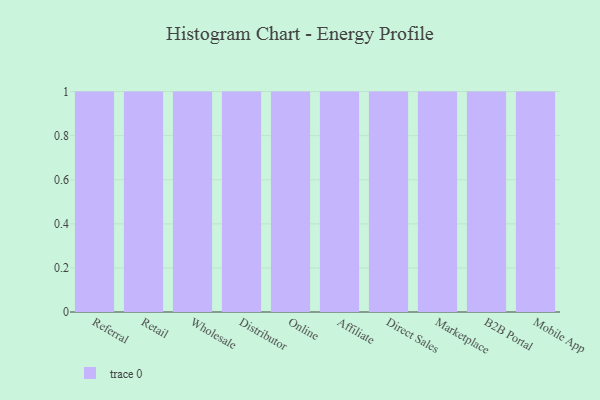
{"axis": {"x": "Channel", "y": "Humidity (%)"}, "legend": [""], "data": [{"x": "Referral", "y": 64, "type": ""}, {"x": "Retail", "y": 30, "type": ""}, {"x": "Wholesale", "y": 80, "type": ""}, {"x": "Distributor", "y": 71, "type": ""}, {"x": "Online", "y": 8, "type": ""}, {"x": "Affiliate", "y": 5, "type": ""}, {"x": "Direct Sales", "y": 23, "type": ""}, {"x": "Marketplace", "y": 3, "type": ""}, {"x": "B2B Portal", "y": 11, "type": ""}, {"x": "Mobile App", "y": 94, "type": ""}]}